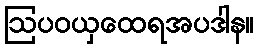
ဩပဝယှထေရအပဒါန။